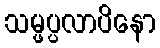
သမ္ဖပ္ပလာပိနော